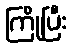
ကြိုပြီး